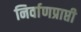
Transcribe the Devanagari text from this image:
निर्वाणप्राप्ती